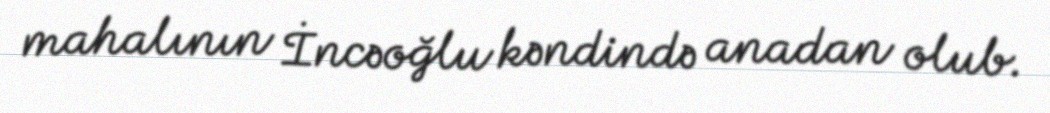
mahalının İncəoğlu kəndində anadan olub.